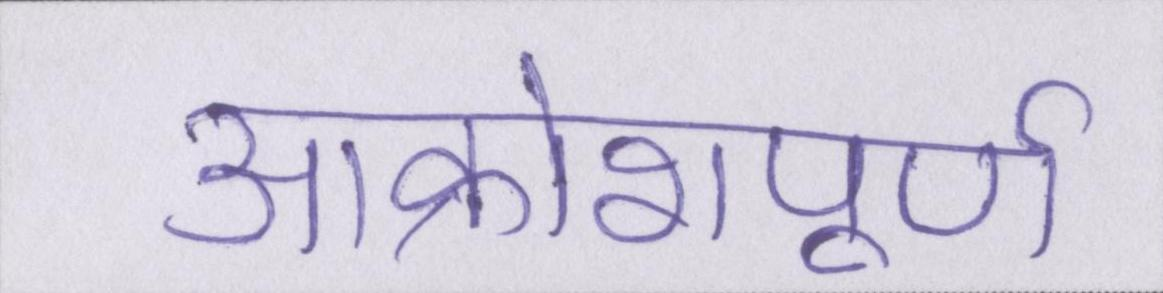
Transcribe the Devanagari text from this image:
आक्रोशपूर्ण